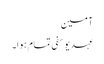
آمین
عہد یوسفی تمام ہوا۔